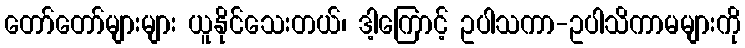
တော်တော်များများ ယူနိုင်သေးတယ်၊ ဒါ့ကြောင့် ဥပါသကာ-ဥပါသိကာမများကို